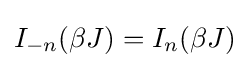
I_{-n}(\beta J)=I_{n}(\beta J)